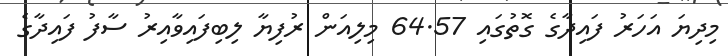
މިދިޔަ އަހަރު ފައިދާގެ ގޮތުގައި 64.57 މިލިއަން ރުފިޔާ ލިބިފައިވާއިރު ސާފު ފައިދާގެ